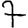
Digit: 7